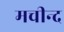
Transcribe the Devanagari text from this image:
मचीन्‍द